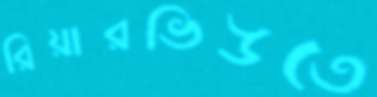
রিয়ারভিউতে